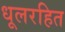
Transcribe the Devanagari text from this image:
धूलरहित